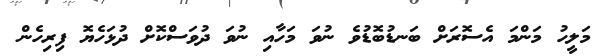
މަލީހު މަންމަ އެސޮރަށް ބަނޑުބޮޑުވެ ނުވަ މަހާއި ނުވަ ދުވަސްކޮށް ދުޅަހެޔޮ ފިރިހެން